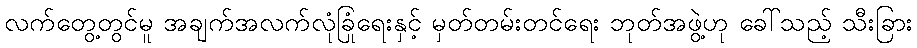
လက်တွေ့တွင်မူ အချက်အလက်လုံခြုံရေးနှင့် မှတ်တမ်းတင်ရေး ဘုတ်အဖွဲ့ဟု ခေါ်သည့် သီးခြား